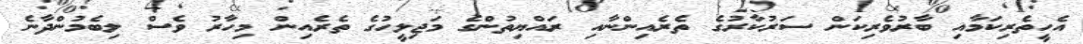
އެހީތެރިކަމާއި ބާރުވެރިކަން ސަރުކާރުގެ ތެރެއިންނާއި ރައްޔިތުންގެ މަޖިލީހުގެ ތެރެއިން މިހާރު ވެސް ލިބެމުންދާނެ